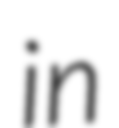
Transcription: in